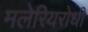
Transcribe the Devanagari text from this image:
मलेरियरोधी